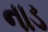
નાડ